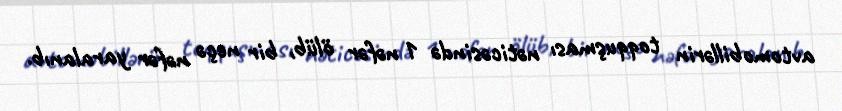
avtomobillərin toqquşması nəticəsində 1 nəfər ölüb, bir neçə nəfər yaralanıb.